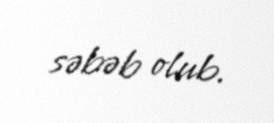
səbəb olub.